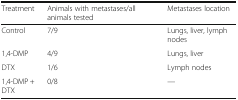
| Treatment | Animals with metastases/all animals tested | Metastases location |
 | --- | --- | --- |
 | Control | 7/9 | Lungs, liver, lymph nodes |
 | 1,4-DMP | 4/9 | Lungs, liver |
 | DTX | 1/6 | Lymph nodes |
 | 1,4-DMP + DTX | 0/8 | — |